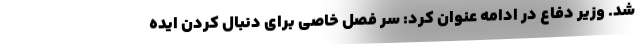
شد. وزیر دفاع در ادامه عنوان کرد: سر فصل خاصی برای دنبال کردن ایده